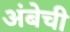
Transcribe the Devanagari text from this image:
अंबेची